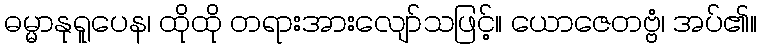
ဓမ္မာနုရူပေန၊ ထိုထို တရားအားလျော်သဖြင့်။ ယောဇေတဗ္ဗံ၊ အပ်၏။